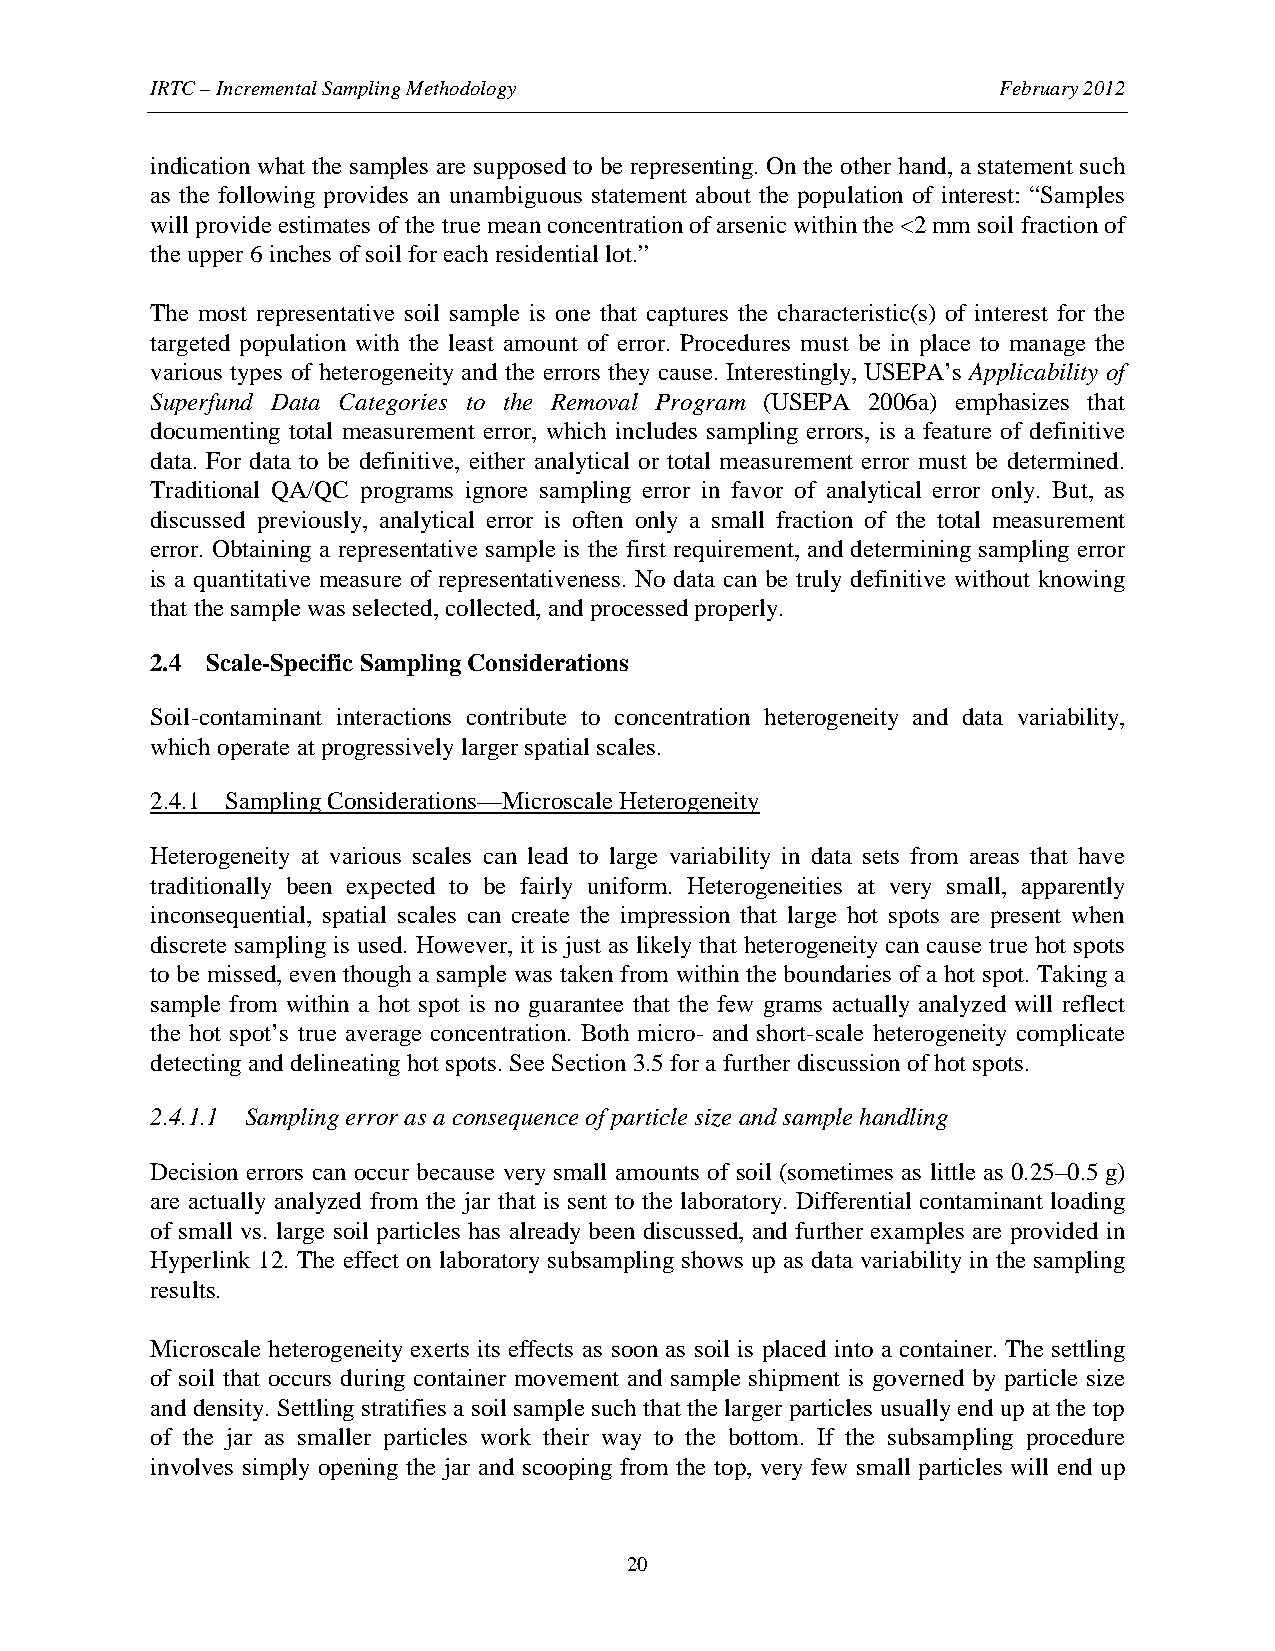
IRTC – Incremental Sampling Methodology                 February 2012
 indication what the samples are supposed to be representing. On the other hand, a statement such
 as the following provides an unambiguous statement about the population of interest: “Samples
 will provide estimates of the true mean concentration of arsenic within the <2 mm soil fraction of
 the upper 6 inches of soil for each residential lot.”
 The most representative soil sample is one that captures the characteristic(s) of interest for the
 targeted population with the least amount of error. Procedures must be in place to manage the
 various types of heterogeneity and the errors they cause. Interestingly, USEPA’s Applicability of
 Superfund Data Categories to the Removal Program (USEPA 2006a) emphasizes that
 documenting total measurement error, which includes sampling errors, is a feature of definitive
 data. For data to be definitive, either analytical or total measurement error must be determined.
 Traditional QA/QC programs ignore sampling error in favor of analytical error only. But, as
 discussed previously, analytical error is often only a small fraction of the total measurement
 error. Obtaining a representative sample is the first requirement, and determining sampling error
 is a quantitative measure of representativeness. No data can be truly definitive without knowing
 that the sample was selected, collected, and processed properly.
 2.4 Scale-Specific Sampling Considerations
 Soil-contaminant interactions contribute to concentration heterogeneity and data variability,
 which operate at progressively larger spatial scales.
 2.4.1 Sampling Considerations—Microscale Heterogeneity
 Heterogeneity at various scales can lead to large variability in data sets from areas that have
 traditionally been expected to be fairly uniform. Heterogeneities at very small, apparently
 inconsequential, spatial scales can create the impression that large hot spots are present when
 discrete sampling is used. However, it is just as likely that heterogeneity can cause true hot spots
 to be missed, even though a sample was taken from within the boundaries of a hot spot. Taking a
 sample from within a hot spot is no guarantee that the few grams actually analyzed will reflect
 the hot spot’s true average concentration. Both micro- and short-scale heterogeneity complicate
 detecting and delineating hot spots. See Section 3.5 for a further discussion of hot spots.
 2.4.1.1 Sampling error as a consequence of particle size and sample handling
 Decision errors can occur because very small amounts of soil (sometimes as little as 0.25–0.5 g)
 are actually analyzed from the jar that is sent to the laboratory. Differential contaminant loading
 of small vs. large soil particles has already been discussed, and further examples are provided in
 Hyperlink 12. The effect on laboratory subsampling shows up as data variability in the sampling
 results.
 Microscale heterogeneity exerts its effects as soon as soil is placed into a container. The settling
 of soil that occurs during container movement and sample shipment is governed by particle size
 and density. Settling stratifies a soil sample such that the larger particles usually end up at the top
 of the jar as smaller particles work their way to the bottom. If the subsampling procedure
 involves simply opening the jar and scooping from the top, very few small particles will end up
 20